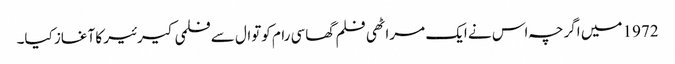
1972 میں اگرچہ اس نے ایک مراٹھی فلم گھاسی رام کوتوال سے فلمی کیرئیر کا آغاز کیا۔